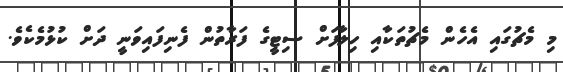
މި މެޗުގައި އެހެން މެޗުތަކާއި ހިލާފަށް ސިޓީގެ ފަރާތުން ފެނިފައިވަނީ ދަށް ކުޅުމެކެވެ.